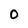
Character: O